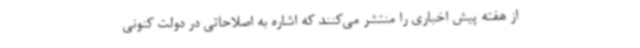
از هفته پیش اخباری را منتشر می‌کنند که اشاره به اصلاحاتی در دولت کنونی